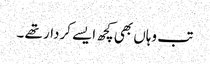
تب وہاں بھی کچھ ایسے کردار تھے ۔